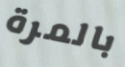
بالمرة